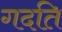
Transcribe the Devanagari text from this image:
गदति